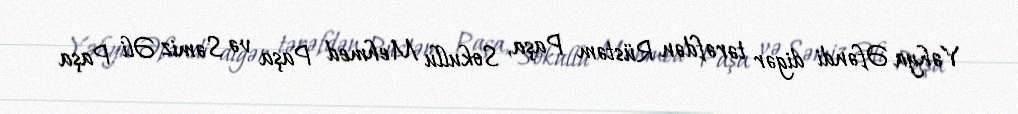
Yəhya Əfəndi digər tərəfdən Rüstəm Paşa, Sokullu Mehmed Paşa və Səmiz Əli Paşa